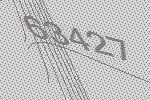
63427